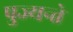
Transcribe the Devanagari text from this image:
पुज्यन्ते